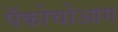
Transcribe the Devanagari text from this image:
पॅकोचोआग